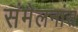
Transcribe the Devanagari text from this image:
संमेलनांस